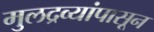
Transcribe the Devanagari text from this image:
मुलद्रव्यांपासून